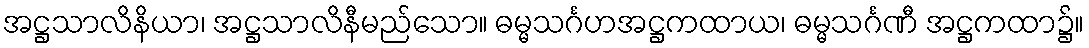
အဋ္ဌသာလိနိယာ၊ အဋ္ဌသာလိနီမည်သော။ ဓမ္မသင်္ဂဟအဋ္ဌကထာယ၊ ဓမ္မသင်္ဂဏီ အဋ္ဌကထာ၌။